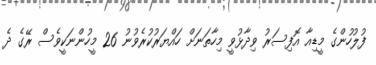
ފުލުހުންގެ މީޑިއާ އޮފިސަރު ވިދާޅުވީ މިހާތަނަށް ހައްޔަރުކުރެވުނު 26 މީހުންނަކީވެސް ރޭގެ ދެ